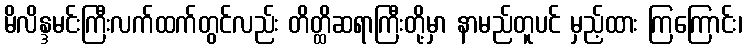
မိလိန္ဒမင်းကြီးလက်ထက်တွင်လည်း တိတ္ထိဆရာကြီးတို့မှာ နာမည်တူပင် မှည့်ထား ကြကြောင်း၊